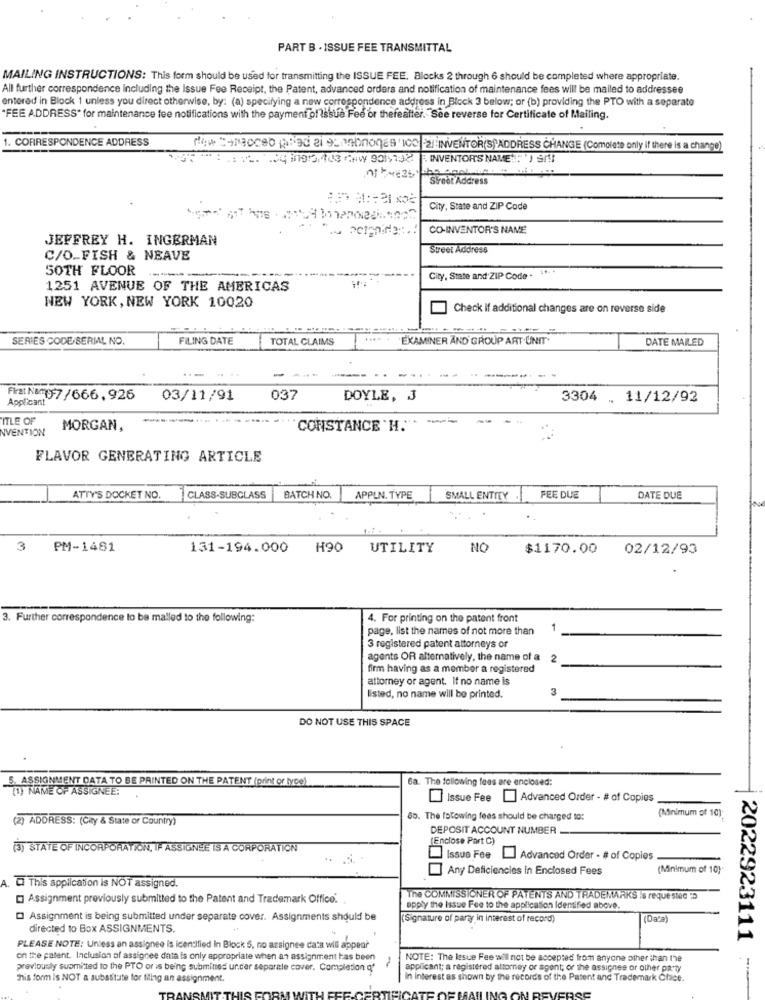
PART B . ISSUE FEE TRANSMITTAL
MAILING INSTRUCTIONS: This form should be used for transmitting the ISSUE FEE. Blocks 2 through 6 should be completed where appropriate.
All further correspondence including the Issue Fee Receipt, the Patent, advanced orders and notification of maintenance fees will be mailed to addressee
entered in Block 1 unless you direct otherwise, by: (a) specifying a new correspondence address in Block 3 below; or (b) providing the PTO with a separate
"FEE ADDRESS" for maintenance fee notifications with the payment of Issue Fee or thereafter. See reverse for Certificate of Mailing.
1. CORRESPONDENCE ADDRESS
New Sinacce pled a 90 mahones Icc|INVENTOR(S)ADDRESS CHANGE (Complete only if there is a change)
ST . : . 1 12. 04 11913,408 (HW 901.132| INVENTORS NAME : ' SI
Street Address
City, State and ZIP Code
CO-INVENTOR'S NAME
JEFFREY H. INGERMAN
Street Address
C/O_FISH & NEAVE
50TH FLOOR
--
City, State and ZIP Code . ***
1251 AVENUE OF THE AMERICAS
NEW YORK, NEW YORK 10020
Check if additional changes are on reverse side
SERIES CODE-SERIAL NO.
FILING DATE
TOTAL CLAIMS
.... . EXAMINER AND GROUP ART.UNIT
DATE MAILED
..
... --
Fiat Nom97/666.926
Applicant
03/11/91
037
DOYLE, 3
3304 . 11/12/92
ITLE OF
NVENTION
MORGAN,
CONSTANCE 'H." >
FLAVOR GENERATING ARTICLE
ATTY'S DOCKET NO.
CLASS-SUBCLASS
BATCH NO.
APPLN. TYPE
SMALL ENTIEY
FEE DUE
DATE DUE
3
PM-1481
131-194.000
H90
UTILITY
NO
$1170.00
02/12/93
3. Further correspondence lo be mailed to the following:
4. For printing on the patent front
page, list the names of not more than
1
3 registered patent attorneys or
agents OR alternatively, the name of a
2
firm having as a member a registered
attorney or agent. If no name is
3
listed, no name will be printed.
DO NOT USE THIS SPACE
5. ASSIGNMENT DATA TO BE PRINTED ON THE PATENT (print or lyce)
6a. The following fees are enclosed:
(1) NAME OF ASSIGNEE:
Issue Fee ] Advanced Order - # of Copies
(Minimum of 10);
(2) ADDRESS: (City & State or Country)
55. The folowing fees should be charged to:
DEPOSIT ACCOUNT NUMBER
(Enclose Part C)
(3) STATE OF INCORPORATION, IF ASSIGNEE IS A CORPORATION
Issue Fee Advanced Order - # of Copies
Any Deficiencies In Enclosed Fees
(Minimum of 10).
A. C This application is NOT assigned.
[] Assignment previously submitted to the Patent and Trademark Office.
The COMMISSIONER OF PATENTS AND TRADEMARKS is requested D
apply the Issue Fee to the application identified above.
O Assignment is being submitted under separate cover. Assignments should be
(Signature of party in interest of record)
(Data
directed to Box ASSIGNMENTS.
2022923111
PLEASE NOTE: Unless an assignee is identified In Block 5, no assignee data will appear
on the patent. Inclusion of assignee data is only appropriate when an assignment has been
-
NOTE: The lesue Fee will not be accepted from anyone other than the
previously suomitted to the PTO or is being submines under separate cover. Completion of
applicant; a registered attorney or agent; or the assignee or other party
This form is NOT a substitute for tiling an assignment.
In interest as shown by the records of the Patent and Trademark Chce.
-